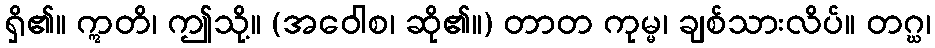
ရှိ၏။ ဣတိ၊ ဤသို့။ (အဝေါစ၊ ဆို၏။) တာတ ကုမ္မ၊ ချစ်သားလိပ်။ တဂ္ဃ၊